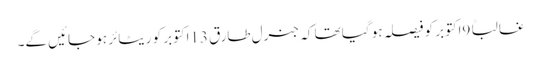
غالباً 9اکتوبر کو فیصلہ ہو گیا تھا کہ جنرل طارق 13اکتوبر کو ریٹائر ہو جائیں گے۔